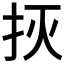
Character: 𱟭